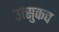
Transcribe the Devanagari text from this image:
उत्सुकच